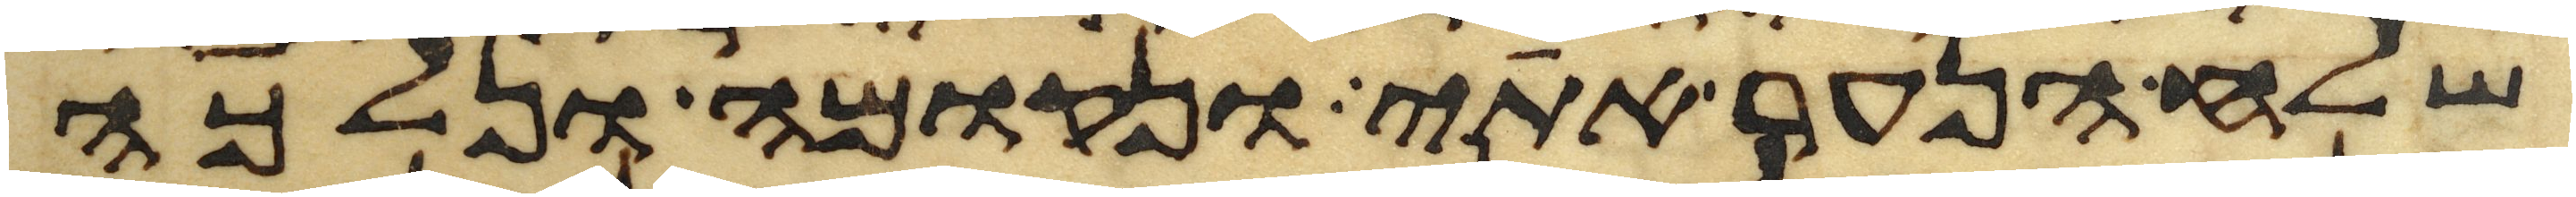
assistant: שלח הנער אתי ונקומה ונלכה